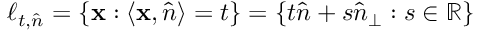
\ell _ { t , \hat { n } } = \{ \mathbf { x } : \langle \mathbf { x } , \hat { n } \rangle = t \} = \{ t \hat { n } + s \hat { n } _ { \perp } : s \in \mathbb { R } \}